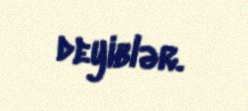
deyiblər.